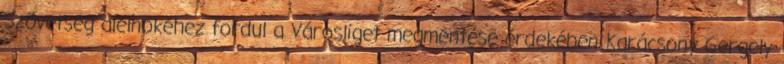
Szövetség alelnökéhez fordul a Városliget megmentése érdekében Karácsony Gergely